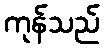
ကုန်သည်